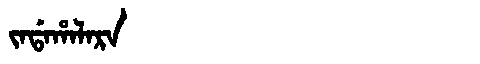
Manchu: ᠵᠠᡩᠠᡥᠠᠯᠠᡵᠠ
Romanization: JADAHALARA